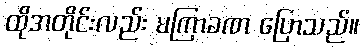
ထိုအတိုင်းလည်း မကြာခဏ ပြောသည်။